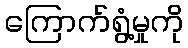
ကြောက်ရွံ့မှုကို